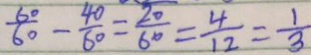
\frac { 6 0 } { 6 0 } - \frac { 4 0 } { 6 0 } = \frac { 2 0 } { 6 0 } = \frac { 4 } { 1 2 } = \frac { 1 } { 3 }